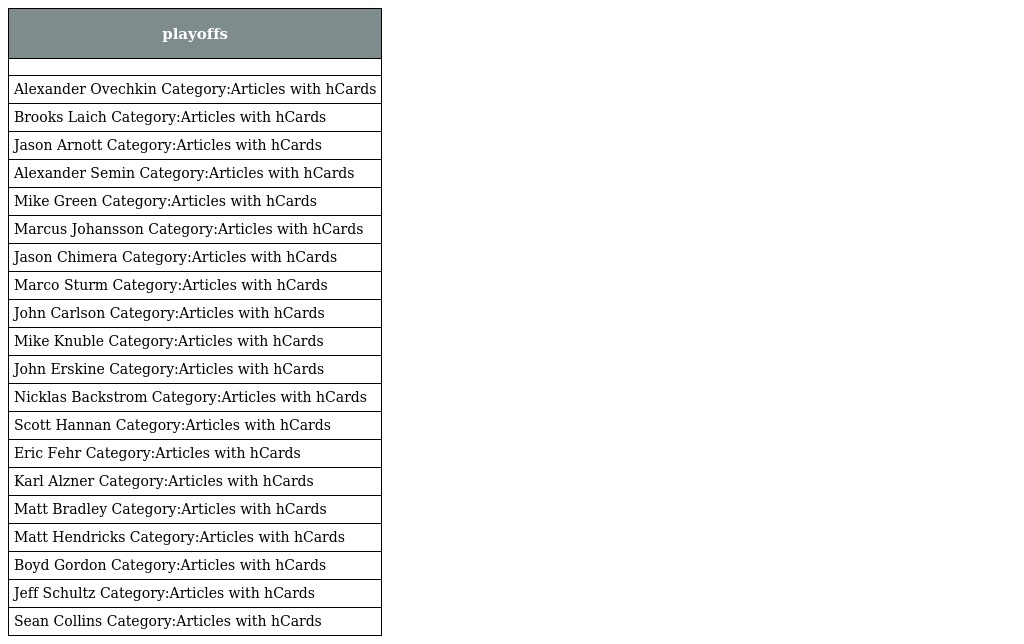
| playoffs |
 | --- |
 |  |
 | Alexander Ovechkin Category:Articles with hCards |
 | Brooks Laich Category:Articles with hCards |
 | Jason Arnott Category:Articles with hCards |
 | Alexander Semin Category:Articles with hCards |
 | Mike Green Category:Articles with hCards |
 | Marcus Johansson Category:Articles with hCards |
 | Jason Chimera Category:Articles with hCards |
 | Marco Sturm Category:Articles with hCards |
 | John Carlson Category:Articles with hCards |
 | Mike Knuble Category:Articles with hCards |
 | John Erskine Category:Articles with hCards |
 | Nicklas Backstrom Category:Articles with hCards |
 | Scott Hannan Category:Articles with hCards |
 | Eric Fehr Category:Articles with hCards |
 | Karl Alzner Category:Articles with hCards |
 | Matt Bradley Category:Articles with hCards |
 | Matt Hendricks Category:Articles with hCards |
 | Boyd Gordon Category:Articles with hCards |
 | Jeff Schultz Category:Articles with hCards |
 | Sean Collins Category:Articles with hCards |